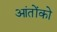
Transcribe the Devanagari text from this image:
आंतोंको